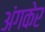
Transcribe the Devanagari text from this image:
अंगकेर